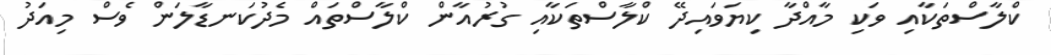
ކްލާސްތަކާއި ވަކި މާއްދާ ކިޔަވައިދޭ ކްލާސްތަކާއި ގުރުއާން ކްލާސްތައް މެދުކަނޑާލަން ވެސް މިއަދު